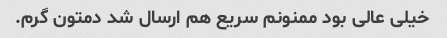
خیلی عالی بود ممنونم سریع هم ارسال شد دمتون گرم.